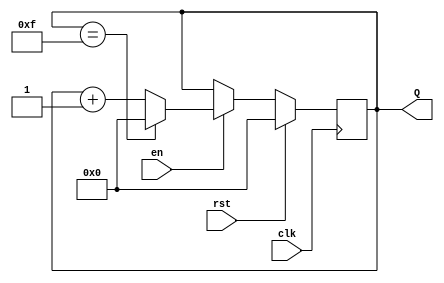
module up_counter_with_enable (
    input wire clk,        // Clock input
    input wire en,        // Enable input
    input wire rst,       // Reset input
    output reg [3:0] Q    // 4-bit count output (adjust width based on max count)
);

    // Internal register to hold the counter value
    reg [3:0] count;

    // Always block triggered on the rising edge of the clock
    always @(posedge clk) begin
        if (rst) begin
            // Reset the counter to 0
            count <= 4'b0000;
        end else if (en) begin
            // Increment the counter if enabled
            if (count == 4'b1111) begin
                // Wrap around to 0 if maximum value reached
                count <= 4'b0000;
            end else begin
                count <= count + 1;
            end
        end
        // If enable is low, do nothing (hold current value)
    end

    // Assign the current count value to output Q
    assign Q = count;

endmodule